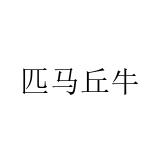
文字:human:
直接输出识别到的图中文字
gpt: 匹马丘牛